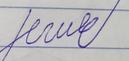
Signature authenticity: forged